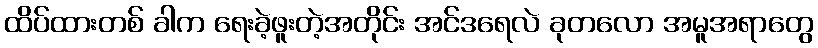
ထိပ်ထားတစ် ခါက ရေးခဲ့ဖူးတဲ့အတိုင်း အင်ဒရေလဲ ခုတလော အမူအရာတွေ